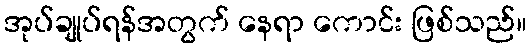
အုပ်ချုပ်ရန်အတွက် နေရာ ကောင်း ဖြစ်သည်။